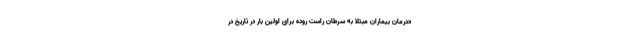
«درمان بیماران مبتلا به سرطان راست روده برای اولین بار در تاریخ در